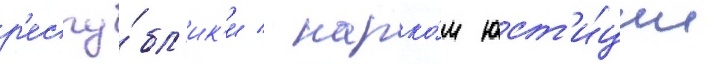
р'еспу́бл'ик'и / нарко́м юст'и́ции